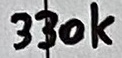
Text: 330k